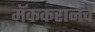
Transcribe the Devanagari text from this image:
मॅककरानचे